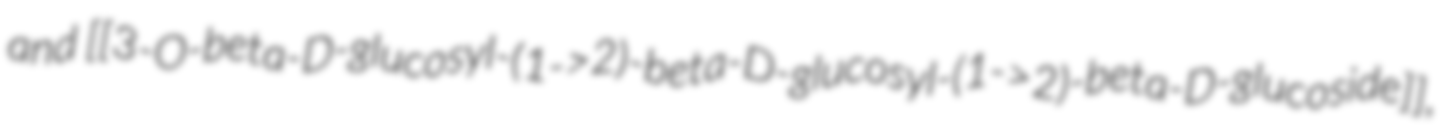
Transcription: and [[3-O-beta-D-glucosyl-(1->2)-beta-D-glucosyl-(1->2)-beta-D-glucoside]],